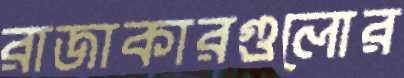
রাজাকারগুলোর